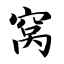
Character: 窝